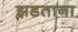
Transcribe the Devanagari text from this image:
झडताना